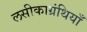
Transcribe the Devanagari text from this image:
लसीकाग्रंथियाँ